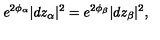
e ^ { 2 \phi _ { \alpha } } | d z _ { \alpha } | ^ { 2 } = e ^ { 2 \phi _ { \beta } } | d z _ { \beta } | ^ { 2 } ,